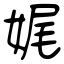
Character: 娓